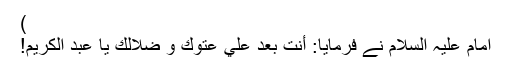
)
امام عليہ السلام نے فرمايا: اٴَنْتَ بعدُ عليٰ عتوك و ضلالك يا عبدَ الكريم!